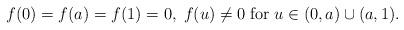
LaTeX: \begin{align*}f(0)=f(a)=f(1)=0,\; f(u)\ne 0\;\mbox{for}\;u\in (0,a)\cup(a,1).\end{align*}